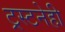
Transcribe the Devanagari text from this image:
ट्रस्टनेही